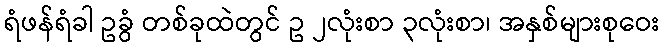
ရံဖန်ရံခါ ဥခွံ တစ်ခုထဲတွင် ဥ ၂လုံးစာ ၃လုံးစာ၊ အနှစ်များစုဝေး